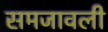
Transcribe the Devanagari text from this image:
समजावली